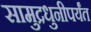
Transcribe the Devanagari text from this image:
सामुद्रधुनीपर्यंत